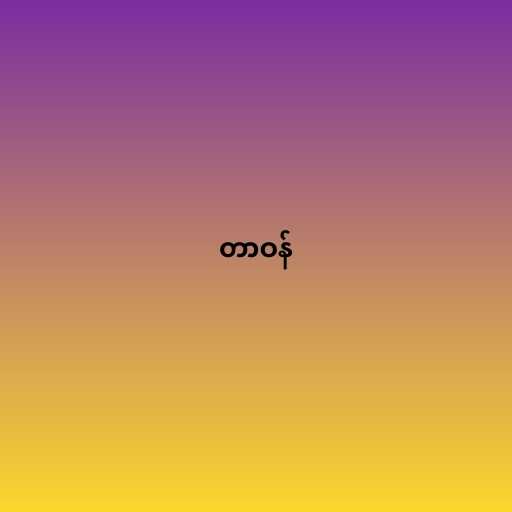
တာဝန်